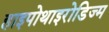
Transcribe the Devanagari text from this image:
हाइपोथाइरोडिज्म